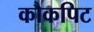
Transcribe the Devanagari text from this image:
कौकपिट